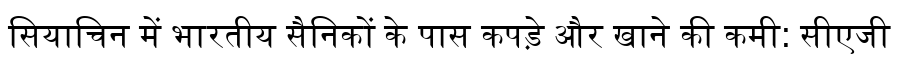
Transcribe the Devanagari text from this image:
सियाचिन में भारतीय सैनिकों के पास कपड़े और खाने की कमी: सीएजी